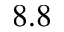
8 . 8